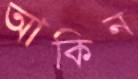
আকিন